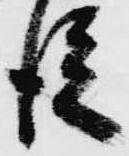
従